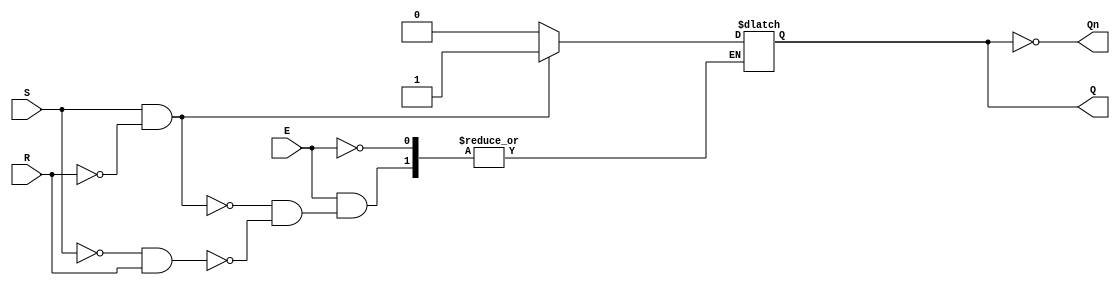
module gated_sr_latch (
    input wire S,       // Set input
    input wire R,       // Reset input
    input wire E,       // Enable input
    output reg Q,       // Output Q
    output wire Qn      // Output Q' (not Q)
);

    assign Qn = ~Q; // Complement output

    always @(E, S, R) begin
        if (E) begin
            if (S && !R) begin
                Q <= 1'b1; // Set Q to 1
            end else if (!S && R) begin
                Q <= 1'b0; // Reset Q to 0
            end
            // If S = 0 and R = 0, the latch holds its state
        end
        // If E = 0, do nothing (hold state)
    end

    // Initial state (optional, you can set to 0 or 1 as required)
    initial begin
        Q = 1'b0; // Initialize Q to 0
    end

endmodule